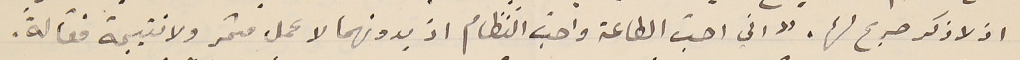
اذ لا ذكر صريح لها. "اني احبّ الطاعة واحبّ النظام اذ بدونهما لا عمل مثمر ولا نتيجة فعّالة.